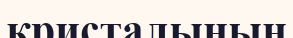
кристалының